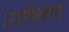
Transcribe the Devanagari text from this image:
ऊदविलाव